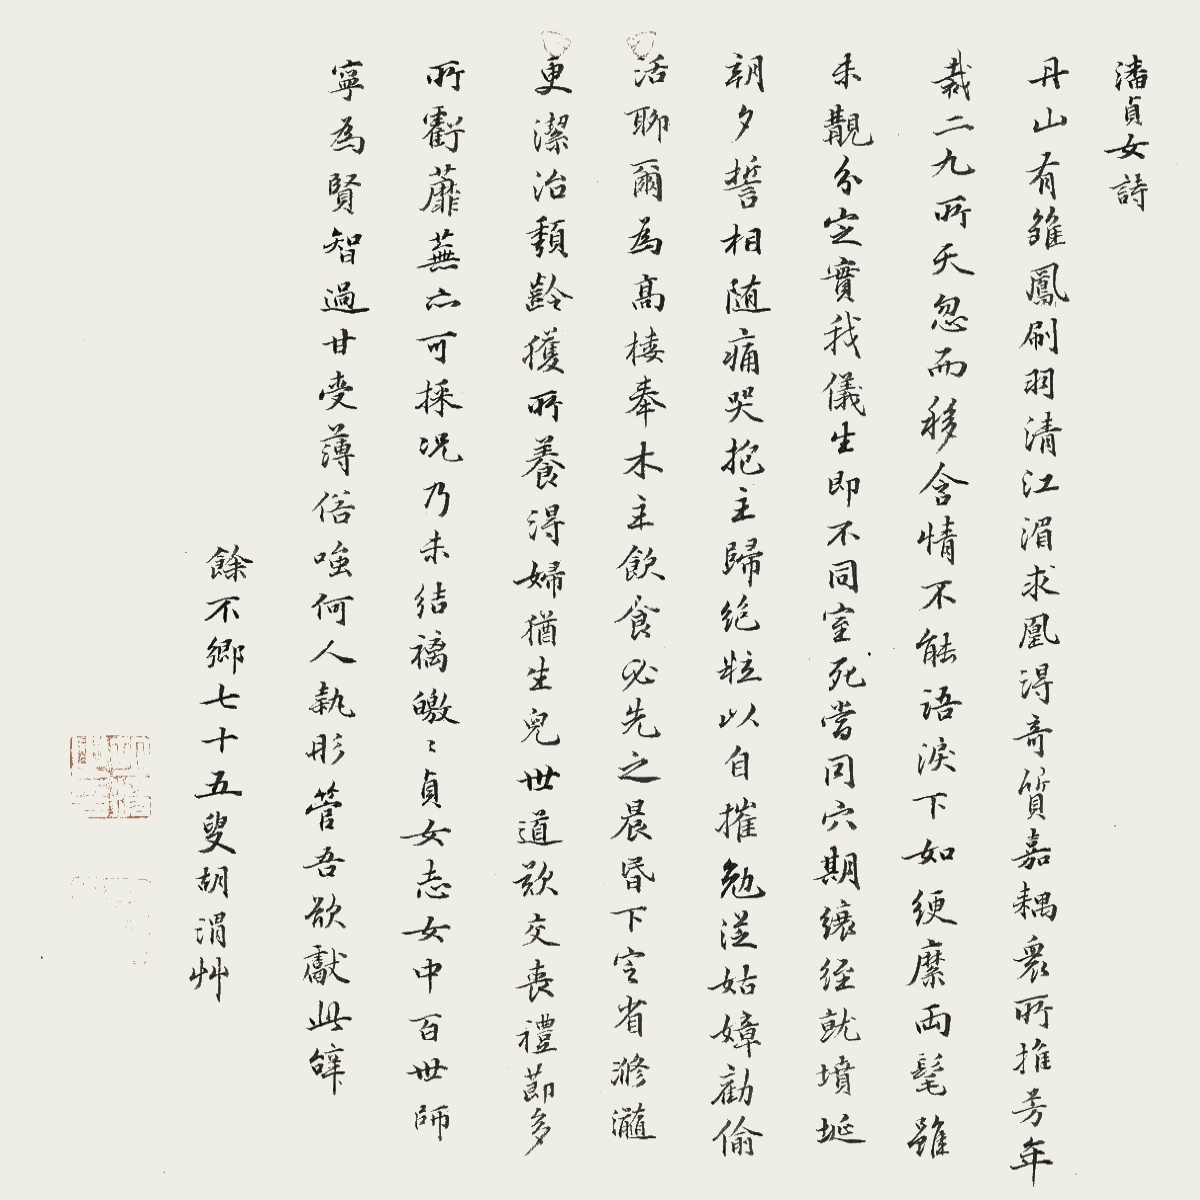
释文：潘贞女诗。丹山有雏凤，刷羽清江湄。求凤得奇质，嘉耦众所推。芳年裁二九，所天忽而移。含情不能语，泪下如绠縻。两髦虽未觏，分定实我仪。生即不同室，死当同穴期。缞绖就坟埏，朝夕誓相随。痛哭抱主归，绝粒以自摧。勉从姑嫜劝，偷活聊尔为。高楼奉木主，饮食必先之。晨昏下定省，滫瀡更洁治。颓龄获所养，得妇幼生儿。世道欲交丧，礼节多所亏。蘼芜亦可采，况乃未结褵。皦皦贞女志，女中百世师。宁为贤智过，甘受薄俗嗤。何人执彤管，吾欲献此辞。余不乡七十五叟胡渭草。